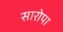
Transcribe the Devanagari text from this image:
सारोपा